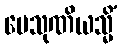
ပေသုဏိယသ္မိံ